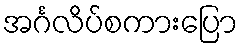
အင်္ဂလိပ်စကားပြော